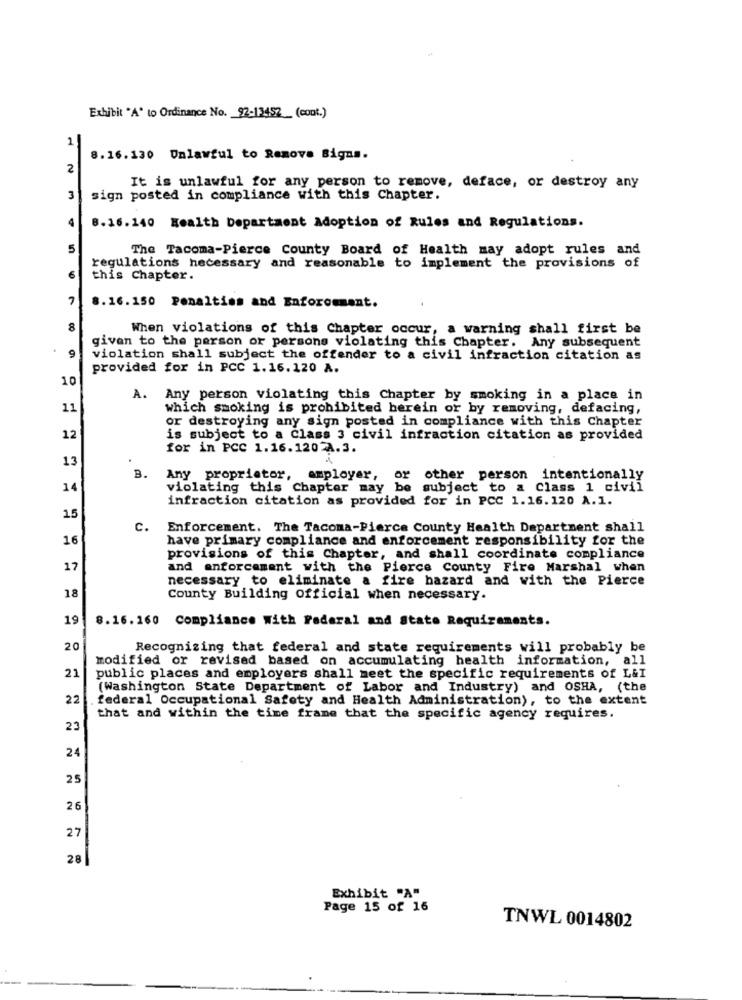
Exhibit "A" to Ordinance No. 92-13452_ (cont.)
1
8.16.130 Unlawful to Remove Bigns.
2
It is unlawful for any person to remove, deface, or destroy any
3
sign posted in compliance with this Chapter.
4
8.16.140 Health Department Adoption of Rules and Regulations.
5
The Tacoma-Pierce County Board of Health may adopt rules and
regulations necessary and reasonable to implement the provisions of
6
this Chapter.
8.16.150 Penalties and Enforomment.
8
When violations of this Chapter occur, a warning shall first be
given to the person or persons violating this Chapter. Any subsequent
9
violation shall subject the offender to a civil infraction citation as
provided for in PCC 1.16.120 A.
10
A.
Any person violating this Chapter by smoking in a place in
11
which smoking is prohibited herein or by removing, defacing,
or destroying any sign posted in compliance with this Chapter
12
is subject to a Class 3 civil infraction citation as provided
for in PCC 1.16.1207A.3.
13
B.
Any proprietor, amployer, or other person intentionally
14
violating this chapter may be subject to a Class 1 civil
infraction citation as provided for in PCC 1.16.120 A.1.
15
C.
Enforcement. The Tacoma-Pierce County Health Department shall
16
have primary compliance and enforcement responsibility for the
provisions of this Chapter, and shall coordinate compliance
17
and enforcement with the Pierce County Fire Marshal when
necessary to eliminate a fire hazard and with the Pierce
18
County Building official when necessary.
19
8.16.160 Compliance With Federal and State Requirements.
20
Recognizing that federal and state requirements will probably be
modified or revised based on accumulating health information, all
21
public places and employers shall meet the specific requirements of L&I
(Washington State Department of Labor and Industry) and OSHA, (the
22
federal Occupational Safety and Health Administration), to the extent
that and within the time frame that the specific agency requires.
23
24
25
26
27
28
Exhibit "A"
Page 15 of 16
TNWL 0014802